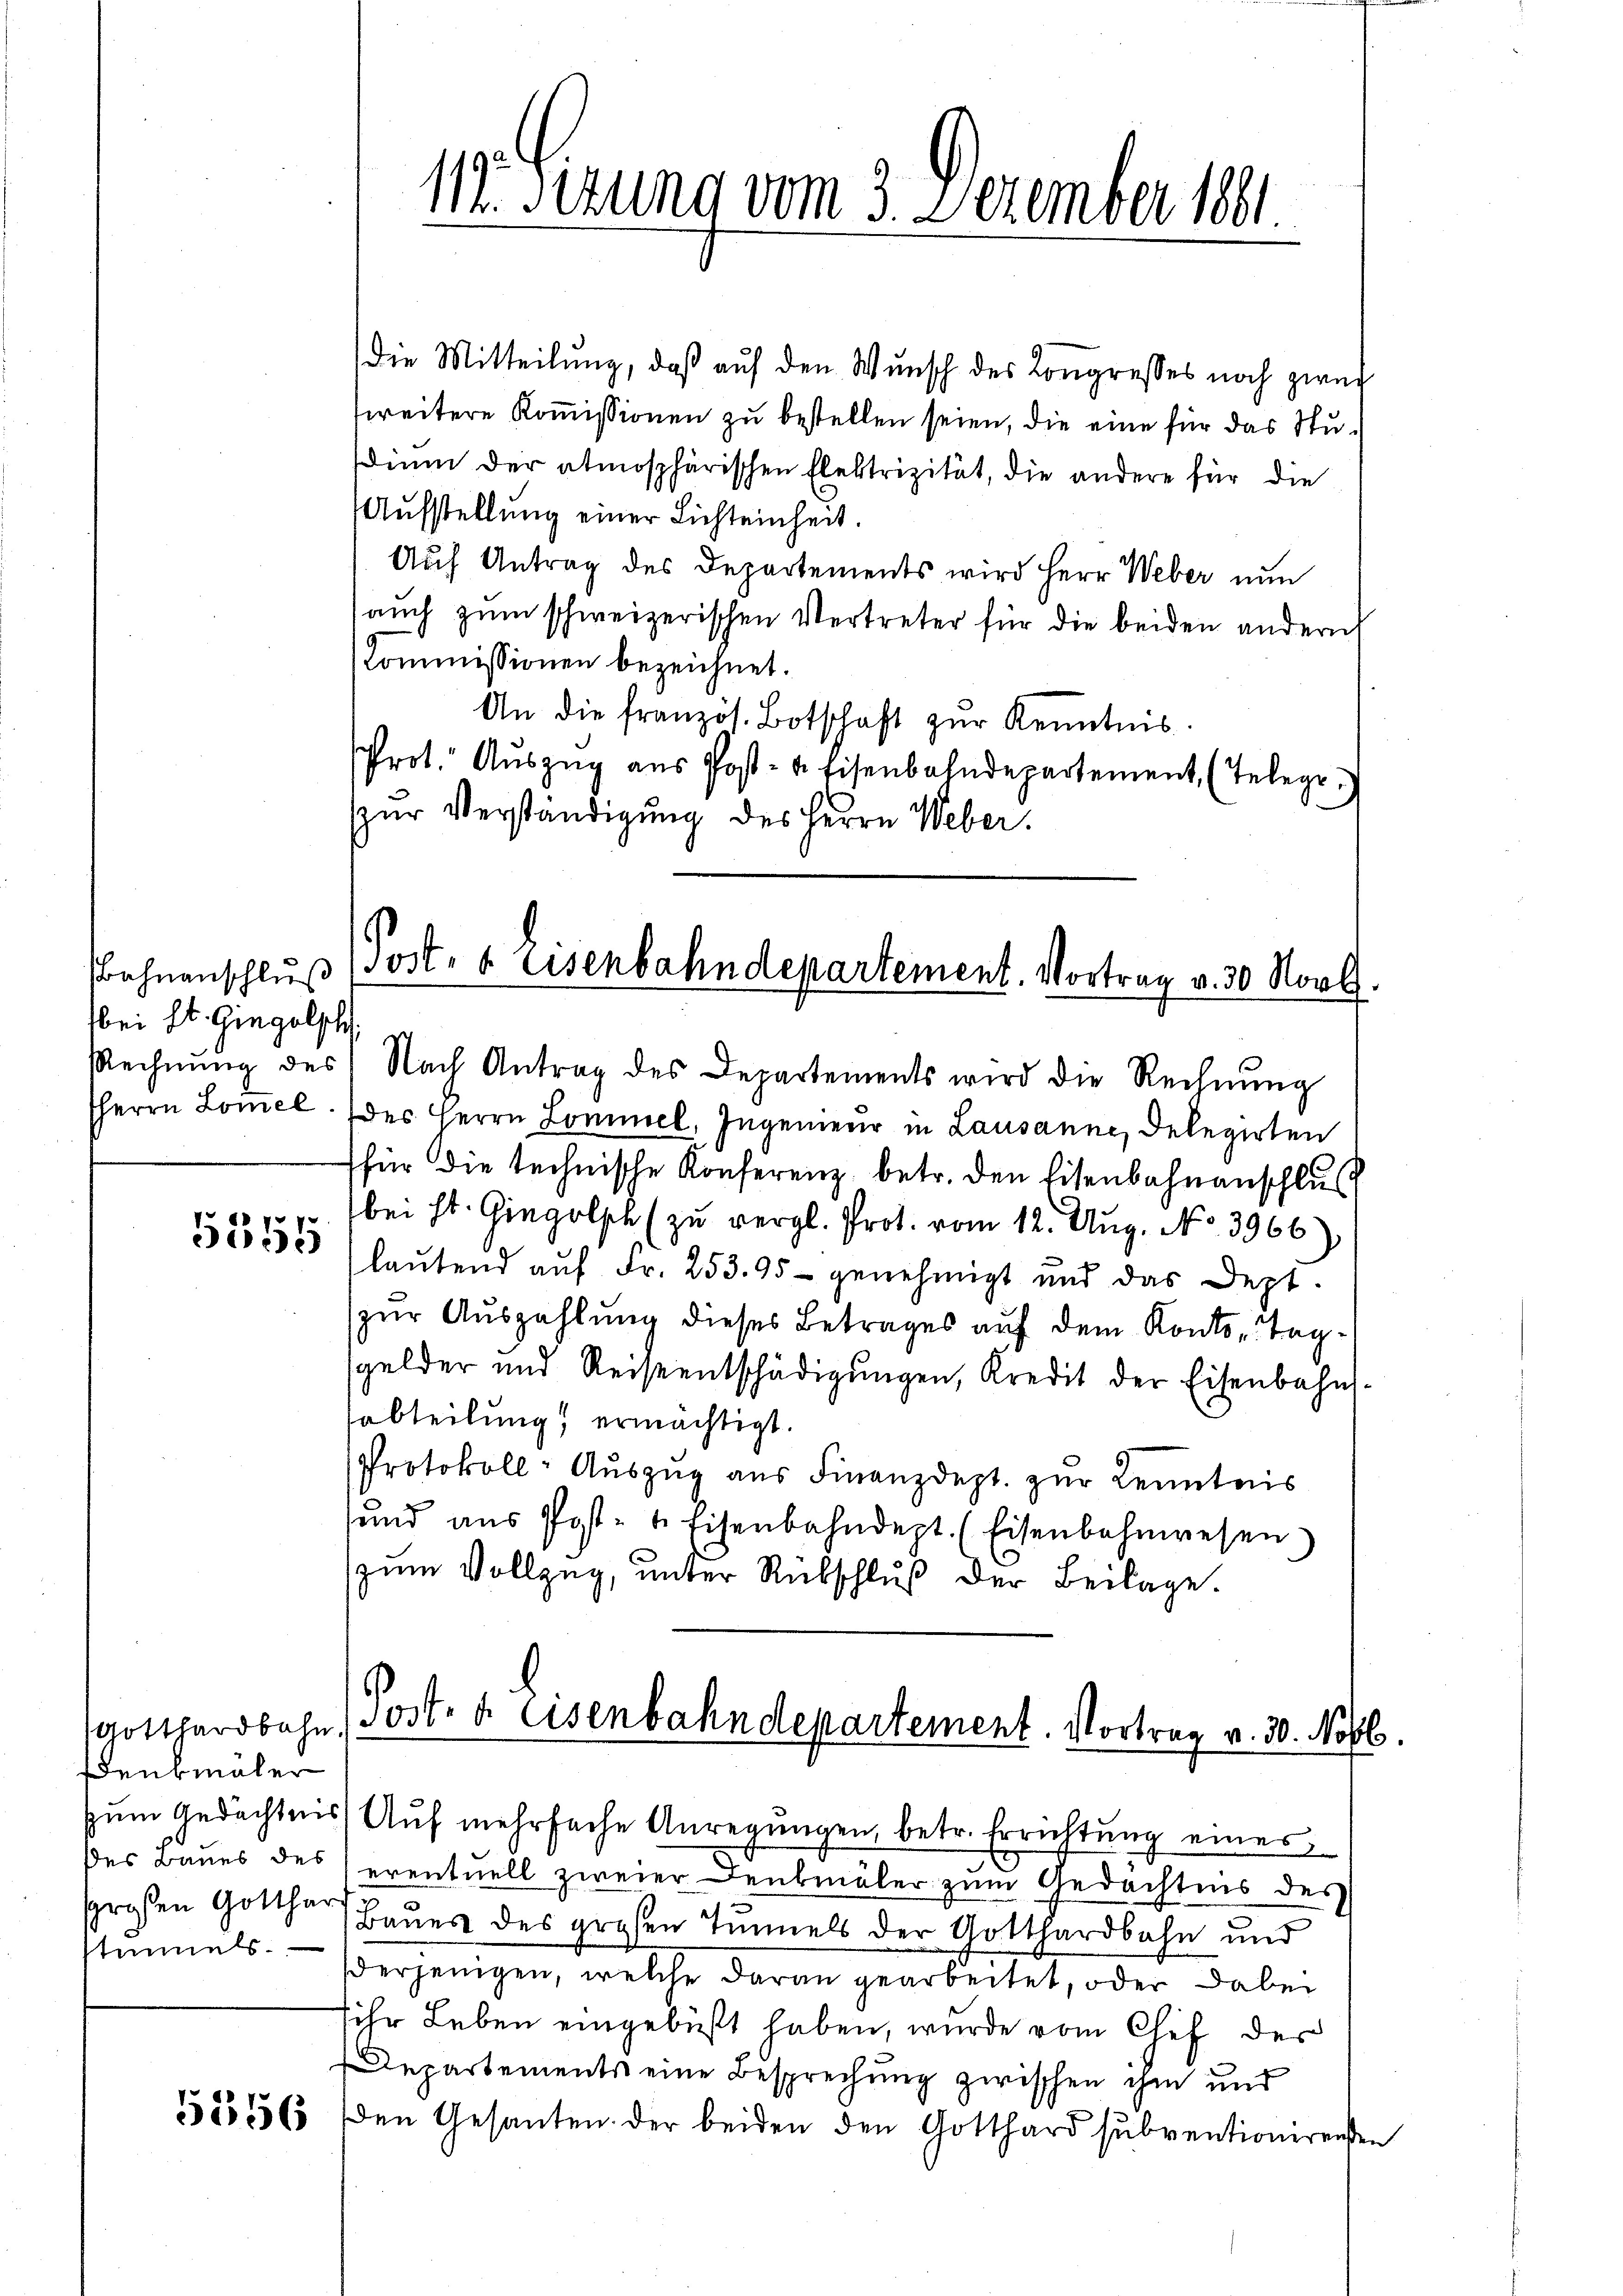
Bahnanschluß
bei St. Gingelsch
HHerrn Lomel

5555

Denkmäler
stimmels.

117. Sizung vom 3. Dezember 1881

die Mitteilung, daß auf den Wunsch des Congresses noch zwei
zweitere Kommissionen zu bestellen seien, die eine für das Studium der atmosphärischen Elektrizität, die andere für die
Aufstellung einer Lichteinheit.
Auf Antrag des Departements wird Herr Weber nun
(auch zum schweizerischen Vertreter für die beiden andern
Commissionen bezeichnet.
An die französ. Botschaft zŭr Kenntnis
Prot. Aŭszŭg aŭs Post- u. Eisenbahndepartement (Telege.
zur Verständigung des Herrn Weber.

des Herrn Lommel, Ingenieur in Lausanne, Delegirten
für die technische Konferenz betr. den Eisenbahnanschluß
bei St. Gingolsch (zu vergl. Prot. vom 12. Aug. No. 3966)
laŭtend aŭf Fr. 253. 95 - genehmigt und das Dept.
zur Auszahlung dieses Betrages auf dem Konto- Tagsgelder und Reiseentschädigŭngen, Kredit der Eisenbahn-
abteilung ermächtigt.
Protokoll-Auszug aus Finanzdept. zur Kenntnis
sund ans Post- & Eisenbahndept. (Eisenbahnwesen
(zum Vollzug, unter Rübschluß der Beilage.
Gotthardbahn, Post- & Eisenbahndepartement. Vortrag v. 30. Nobl.

Post- & Eisenbahndepartement. Vortrag v. 30 Novb.
Rechnŭng des Nach Antrag des Departements wird die Rechnŭng

zum Gedächtnis) Auf mehrfache Anregungen, betr. Errichtung eines
des Baues des eventuell zweier Denkmäler zum Gedächtnis des
sgroßen Gotthard Bauer des großen Tunnels der Gotthardbahn und
derjenigen, welche daran gearbeitet, oder dabei
sihr Leben eingebüßt haben, wurde vom Chef des
Departements eine Besprechung zwischen ihm und
5555156 den Gesanten der beiden den Gotthard subventionirensten